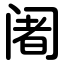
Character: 阇